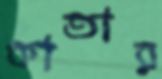
কাতার